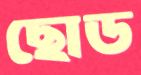
ছোড